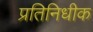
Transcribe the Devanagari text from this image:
प्रतिनिधीक